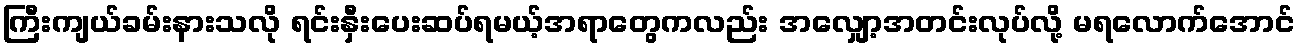
ကြီးကျယ်ခမ်းနားသလို ရင်းနှီးပေးဆပ်ရမယ့်အရာတွေကလည်း အလျှော့အတင်းလုပ်လို့ မရလောက်အောင်